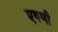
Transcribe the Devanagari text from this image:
एषणी